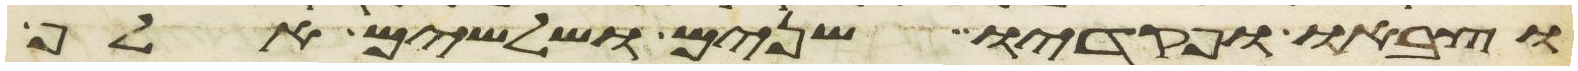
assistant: וצבאו ופקדיו שנים ושלשים אלף